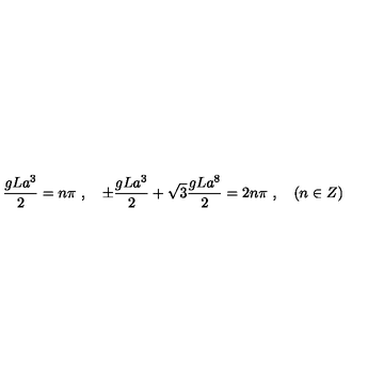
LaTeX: \frac { g L a ^ { 3 } } { 2 } = n \pi \ , \quad \pm \frac { g L a ^ { 3 } } { 2 } + \sqrt { 3 } \frac { g L a ^ { 8 } } { 2 } = 2 n \pi \ , \quad ( n \in Z )